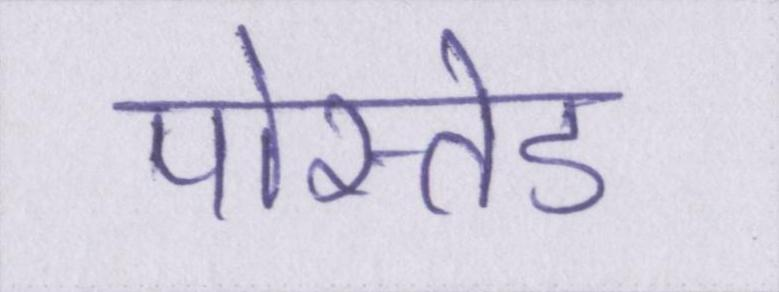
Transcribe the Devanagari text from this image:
पोस्तेड